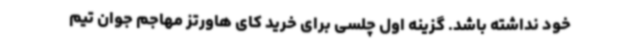
خود نداشته باشد. گزینه اول چلسی برای خرید کای هاورتز مهاجم جوان تیم